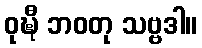
ဝုဍ္ဎီ ဘဝတု သဗ္ဗဒါ။